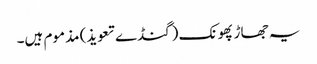
یہ جھاڑ پھونک (گنڈے تعویذ) مذموم ہیں۔